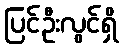
ပြင်ဦးလွင်ရှိ